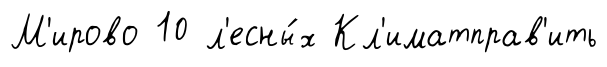
М'ирово 10 л'есны́х Кл'иматправ'ить